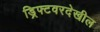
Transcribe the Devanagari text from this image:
ड्रिफ्टवरदेखील